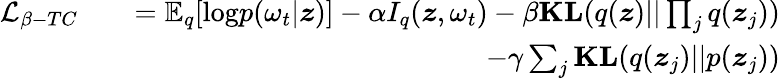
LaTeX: \begin{array}{rlr}{\mathcal{L}_{\beta-TC}}&{}&{=\mathbb{E}_{q}[\mathrm{log}p(\omega_{t}|\boldsymbol{z})]-\alpha I_{q}(\boldsymbol{z},\omega_{t})-\beta\textbf{KL}(q(\boldsymbol{z})||\prod_{j}q(\boldsymbol{z}_{j}))}\\ &{}&{-\gamma\sum_{j}\textbf{KL}(q(\boldsymbol{z}_{j})||p(\boldsymbol{z}_{j}))}\end{array}